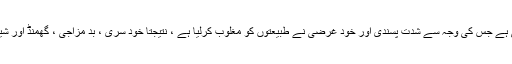
ہمارے اس طرح کے روییّ نے ایک مستقل مزاج کی شکل اختیار کر لی ہے جس کی وجہ سے شدت پسندی اور خود غرضی نے طبیعتوں کو مغلوب کرلیا ہے ، نتیجتاً خود سری ، بد مزاجی ، گھمنڈ اور شیخی نے رشتوں کے گلستان میں زہریلے کانٹوں کی فصل پیدا کردی ہے۔